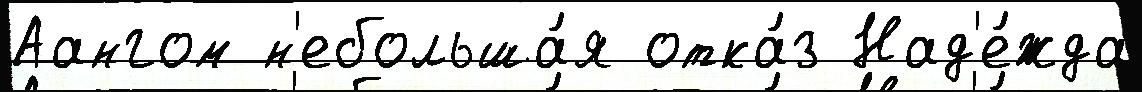
Аангом н'ебольша́я отка́з Над'е́жда